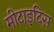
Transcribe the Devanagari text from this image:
मीटाइटिस